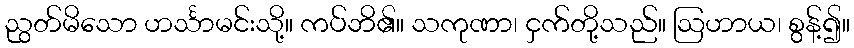
ညွတ်မိသော ဟင်္သာမင်းသို့။ ကပ်ဘိ၏။ သကုဏာ၊ ငှက်တို့သည်။ ဩဟာယ၊ စွန့်၍။